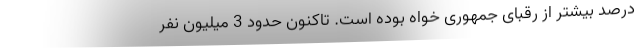
درصد بیشتر از رقبای جمهوری خواه بوده است. تاکنون حدود 3 میلیون نفر